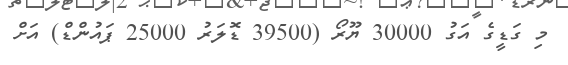
މި ގަޑީގެ އަގު 30000 ޔޫރޯ (39500 ޑޮލަރު 25000 ޕައުންޑް) އަށް